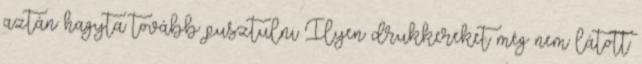
aztán hagyta tovább pusztulni Ilyen drukkereket még nem látott